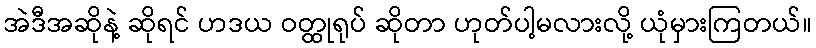
အဲဒီအဆိုနဲ့ ဆိုရင် ဟဒယ ဝတ္ထုရုပ် ဆိုတာ ဟုတ်ပါ့မလားလို့ ယုံမှားကြတယ်။